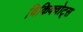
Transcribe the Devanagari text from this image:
विकिक्वोट्स